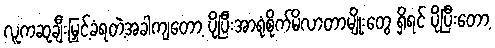
လူကဆုချီးမြှင့်ခံရတဲ့အခါကျတော့ ပိုပြီးအာရုံစိုက်မိလာတာမျိုးတွေ ရှိရင် ပိုပြီးတော့